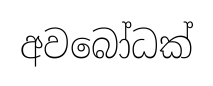
අවබෝධක්